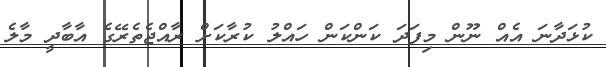
ކުޅަދާނަ އެއް ނޫން މިފަދަ ކަންކަން ހައްލު ކުރާކަށް ރާއްޖެތެރޭގެ އާބާދީ މާލެ